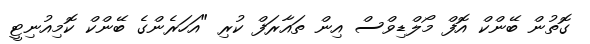
ގޮތުން ބޭންކް އޮފް މޯލްޑިވްސް އިން ތައާރަފް ކުރި "އަހަރެންގެ ބޭންކް ކޮމިއުނިޓީ